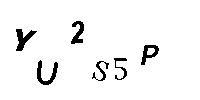
YU2S5P